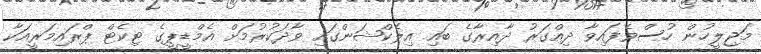
މަޖިލީހުން ހުސްވެފައިވާ ދިއްގަރު ދާއިރާގެ ބައި އިލެކްޝަންގައި ވާދަކުރުމަށް އެމްޑީޕީގެ ޓިކެޓް ޕްރައިމަރީއަކާ